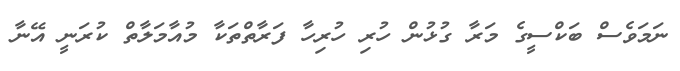
ނަމަވެސް ބަކްސީގެ މަރާ ގުޅުން ހުރި ހުރިހާ ފަރާތްތަކާ މުއާމަލާތް ކުރަނީ އޭނާ